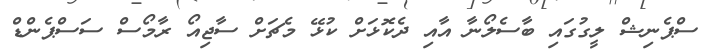
ސްޕެނިޝް ލީގުގައި ބާސެލޯނާ އާއި ދެކޮޅަށް ކުޅޭ މެޗަށް ސާޖިއޯ ރާމޯސް ސަސްޕެންޑް